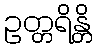
ဥတ္တရိန္တိ